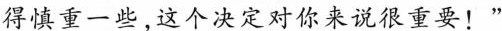
得慎重一些，这个决定对你来说很重要！”